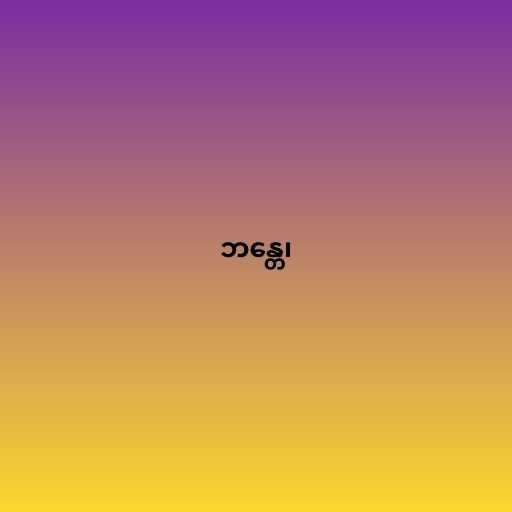
ဘန္တေ၊